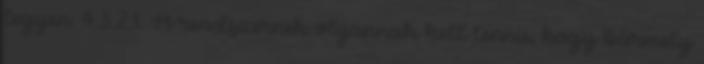
legyen. 4.3.2.1. A rendszernek olyannak kell lennie, hogy bármely